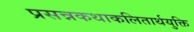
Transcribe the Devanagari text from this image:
प्रसन्नकथाकलितार्थयुक्ति